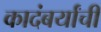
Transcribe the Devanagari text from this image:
कादंबर्यांची